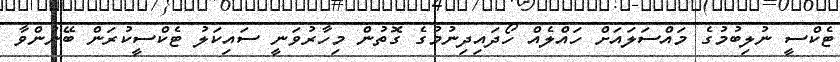
ޓެކްސީ ނުލިބުމުގެ މައްސަލައަށް ހައްލެއް ހޯދައިދިނުމުގެ ގޮތުން މިހާރުވަނީ ސައިކަލު ޓެކްސީކުރަން ބޭނުންވާ